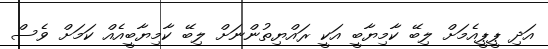
އަދި ޕީޕީއެމަށް ލިބޭ ކާމިޔާބީ އަކީ ރައްޔިތުންނަށް ލިބޭ ކާމިޔާބީއެއް ކަމަށް ވެސް